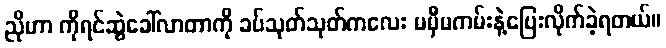
ညိုဟာ ကိုရင်ဆွဲခေါ်လာတာကို ခပ်သုတ်သုတ်ကလေး မမှီမကမ်းနဲ့ပြေးလိုက်ခဲ့ရတယ်။